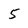
Character: 5